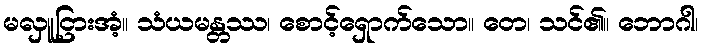
မလှူငြားအံ့။ သံယမန္တဿ၊ စောင့်ရှောက်သော။ တေ၊ သင်၏။ ဘောဂါ၊